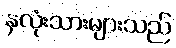
နှလုံးသားများသည်